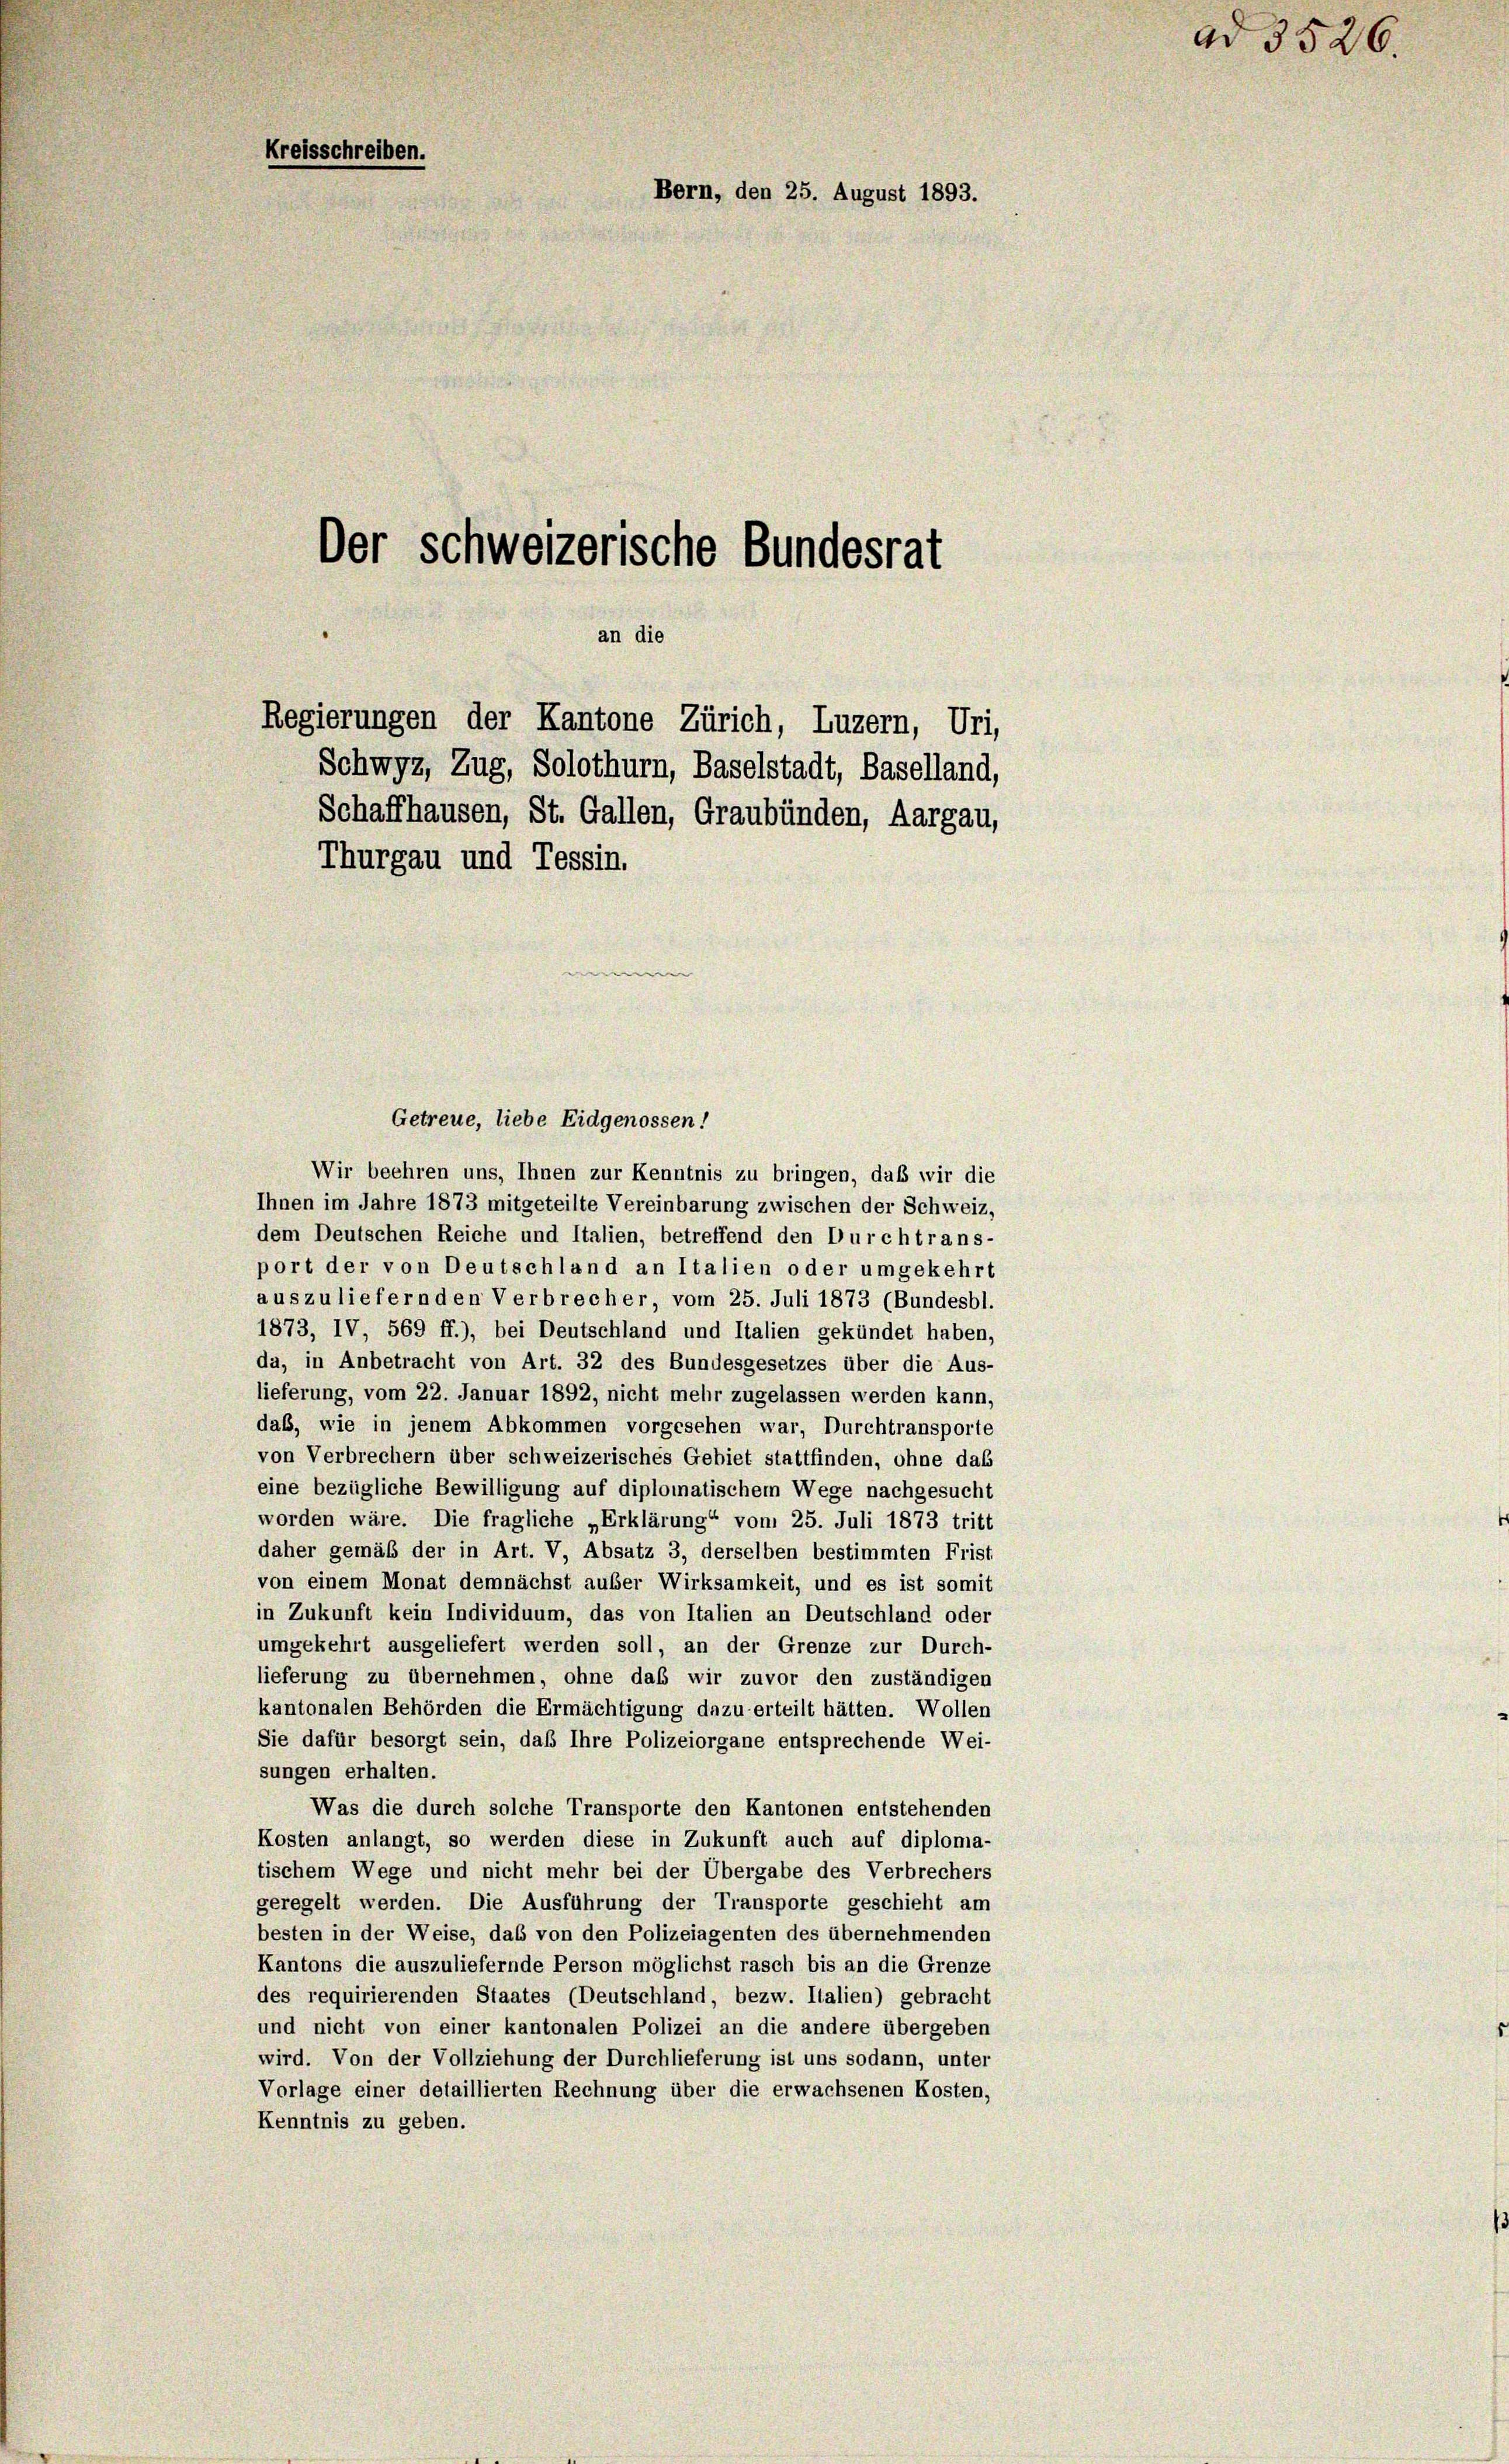
Kreisschreiben.
Bern, den 25. August 1893.
Der schweizerische Bundesrat

an die
Regierungen der Kantone Zürich, Luzern, Uri,

Schwyz, Zug, Solothurn, Baselstadt, Baselland,
Schaffhausen, St. Gallen, Graubünden, Aargau,
Thurgau und Tessin.

Getreue, liebe Eidgenossen!

Wir beehren uns, Ihnen zur Kenntnis zu bringen, daß wir die
Ihnen im Jahre 1873 mitgeteilte Vereinbarung zwischen der Schweiz,
dem Deutschen Reiche und Italien, betreffend den Durchtrans-
port der von Deutschland an Italien oder umgekehrt
auszuliefernden Verbrecher, vom 25. Juli 1873 (Bundesbl.
1873, IV, 569 ff.), bei Deutschland und Italien gekündet haben,
da, in Anbetracht von Art. 32 des Bundesgesetzes über die Aus-
lieferung, vom 22. Januar 1892, nicht mehr zugelassen werden kann,
daß, wie in jenem Abkommen vorgesehen war, Durchtransporte
von Verbrechern über schweizerisches Gebiet stattfinden, ohne das
eine bezügliche Bewilligung auf diplomatischem Wege nachgesucht
worden wäre. Die fragliche „Erklärung“ vom 25. Juli 1873 tritt
daher gemäß der in Art. V, Absatz 3, derselben bestimmten Frist
von einem Monat demnächst auser Wirksamkeit, und es ist somit
in Zukunft kein Individuum, das von Italien an Deutschland oder
umgekehrt ausgeliefert werden soll, an der Grenze zur Durch-
lieferung zu übernehmen, ohne daß wir zuvor den zuständigen
kantonalen Behörden die Ermächtigung dazu erteilt hätten. Wollen
Sie dafür besorgt sein, daß Ihre Polizeiorgane entsprechende Wei-
sungen erhalten.
Was die durch solche Transporte den Kantonen entstehenden
Kosten anlangt, so werden diese in Zukunft auch auf diploma-
tischem Wege und nicht mehr bei der Übergabe des Verbrechers
geregelt werden. Die Ausführung der Transporte geschieht am
besten in der Weise, das von den Polizeiagenten des übernehmenden
Kantons die auszuliefernde Person möglichst rasch bis an die Grenze
des requirierenden Staates (Deutschland, bezw. Italien) gebracht
und nicht von einer kantonalen Polizei an die andere übergeben
wird. Von der Vollziehung der Durchlieferung ist uns sodann, unter
Vorlage einer detaillierten Rechnung über die erwachsenen Kosten,
Kenntnis zu geben.

ad 3526.